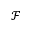
\mathcal F